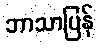
ဘာသာပြန်